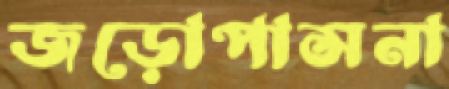
জড়োপাসনা